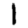
Digit: 1